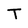
Character: T